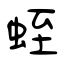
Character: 蛭